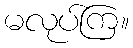
မလုပ်ကြ။